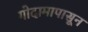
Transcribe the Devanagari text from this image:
गोदामापासून